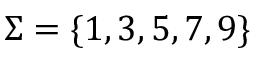
\Sigma = \{ 1 , 3 , 5 , 7 , 9 \}